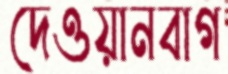
দেওয়ানবাগ